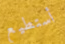
أستطيع